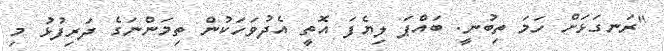
"ރަނގަޅަށް ހަމަ ތިބުނީ. ބައްޕަ ލިޔެފަ އޮތީ އެދުވަހަކުން ތިމަންނަގެ ދަރިފުޅު މި